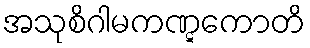
အသုစိဂါမကဏ္ဋကောတိ